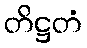
တိဋ္ဌတံ